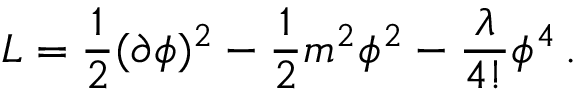
{ \cal L } = \frac { 1 } { 2 } ( \partial \phi ) ^ { 2 } - \frac { 1 } { 2 } m ^ { 2 } \phi ^ { 2 } - \frac { \lambda } { 4 ! } \phi ^ { 4 } \, .